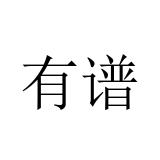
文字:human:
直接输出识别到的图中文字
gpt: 有谱